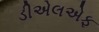
ડીએલએફ